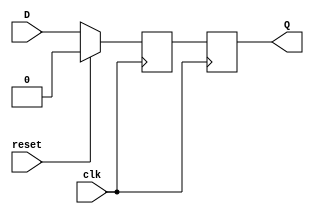
module neg_edge_d_ff (
    input D,
    input clk,
    input reset,
    output reg Q
);

reg Q_next;

always @(negedge clk) begin
    if (reset) begin
        Q_next <= 1'b0; // Reset to a specific value
    end else begin
        Q_next <= D;
    end
end

always @(posedge clk) begin
    Q <= Q_next;
end

endmodule